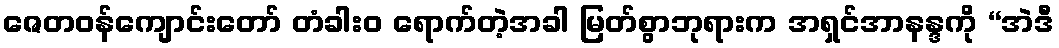
ဇေတဝန်ကျောင်းတော် တံခါးဝ ရောက်တဲ့အခါ မြတ်စွာဘုရားက အရှင်အာနန္ဒကို “အဲဒီ